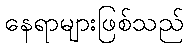
နေရာများဖြစ်သည်